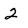
Character: 2